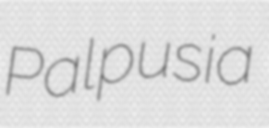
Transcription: Palpusia